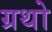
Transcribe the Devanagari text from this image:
ग्रथो